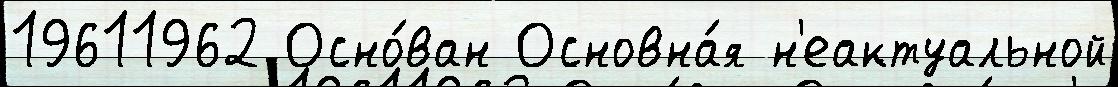
19611962 Осно́ван Основна́я н'еактуальной